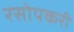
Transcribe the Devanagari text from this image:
रसोपकरी